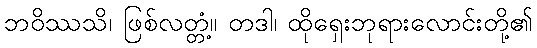
ဘဝိဿသိ၊ ဖြစ်လတ္တံ့။ တဒါ၊ ထိုရှေးဘုရားလောင်းတို့၏